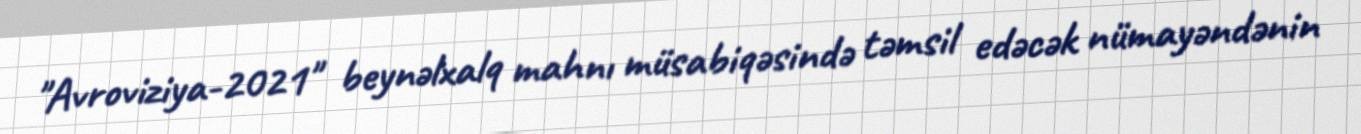
"Avroviziya-2021" beynəlxalq mahnı müsabiqəsində təmsil edəcək nümayəndənin